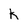
Character: k